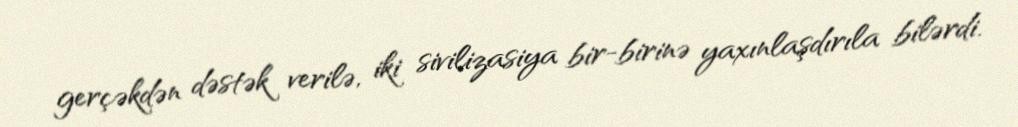
gerçəkdən dəstək verilə, iki sivilizasiya bir-birinə yaxınlaşdırıla bilərdi.